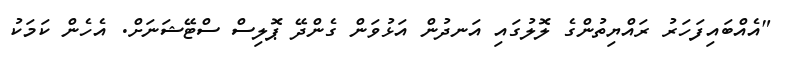
"އެއްބައިފަހަރު ރައްޔިތުންގެ ލޮލުގައި އަނދުން އަޅުވަން ގެންދޭ ޕޮލިސް ސްޓޭޝަނަށް. އެހެން ކަމަކު